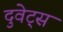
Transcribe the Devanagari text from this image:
दुवेट्स